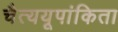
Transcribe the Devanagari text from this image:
चैत्ययूपांकिता